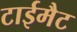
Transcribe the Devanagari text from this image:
टाईमैट